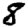
Digit: 8